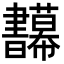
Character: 𢆅